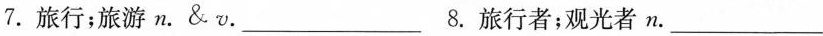
7.旅行；旅游n.&v.___8.旅行者；观光者n.___